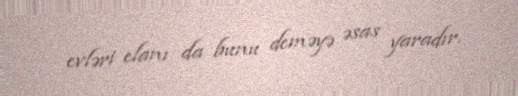
evləri elanı da bunu deməyə əsas yaradır.